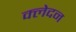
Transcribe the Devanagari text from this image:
क्‍लेदन